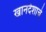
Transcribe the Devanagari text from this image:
खानदेशाचे